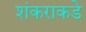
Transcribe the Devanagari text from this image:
शंकराकडे